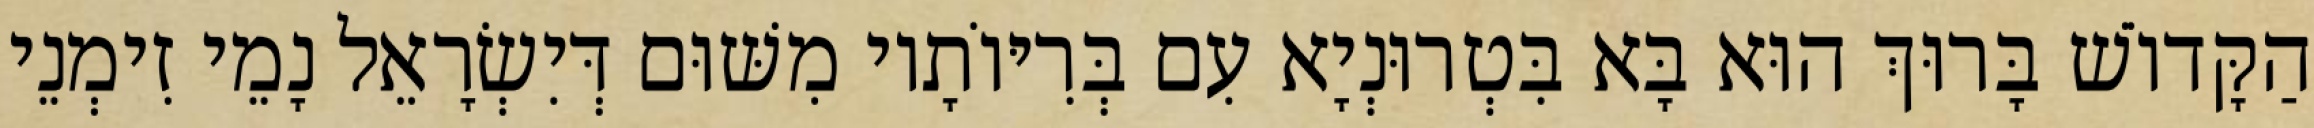
הַקָּדוֹשׁ בָּרוּךְ הוּא בָּא בִּטְרוּנְיָא עִם בְּרִיּוֹתָיו מִשּׁוּם דְּיִשְׂרָאֵל נָמֵי זִימְנֵי